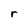
Character: r